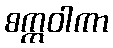
စက္ကဝါကာ